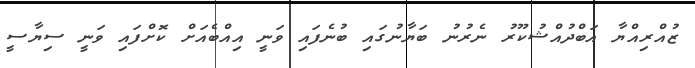
ޒުއްރިއްޔާ އަބްދުއްޝުކޫރު ނެރުނު ބަޔާނުގައި ބުނެފައި ވަނީ އިއްބެއަށް ކޮށްފައި ވަނީ ސިޔާސީ